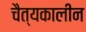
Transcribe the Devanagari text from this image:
चैत्यकालीन